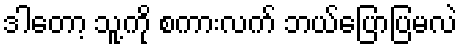
ဒါတော့ သူ့ကို စကားလက် ဘယ်ပြောပြမလဲ